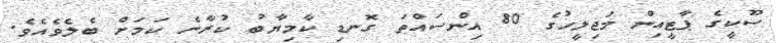
ސޫކީގެ ޕާޓީއިން މަޖިލީހުގެ 80 އިންސައްތަ ގޮނޑި ކާމިޔާބު ކުރާނެ ކަމަށް ބެލެވެއެވެ.